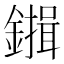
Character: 𮣇